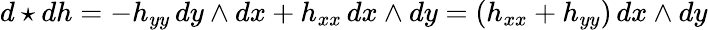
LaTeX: d\star dh=-h_{yy}\, dy\wedge dx+h_{xx}\, dx\wedge dy=\left(h_{xx}+h_{yy}\right)\, dx\wedge dy